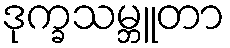
ဒုက္ခသမ္ဘူတာ